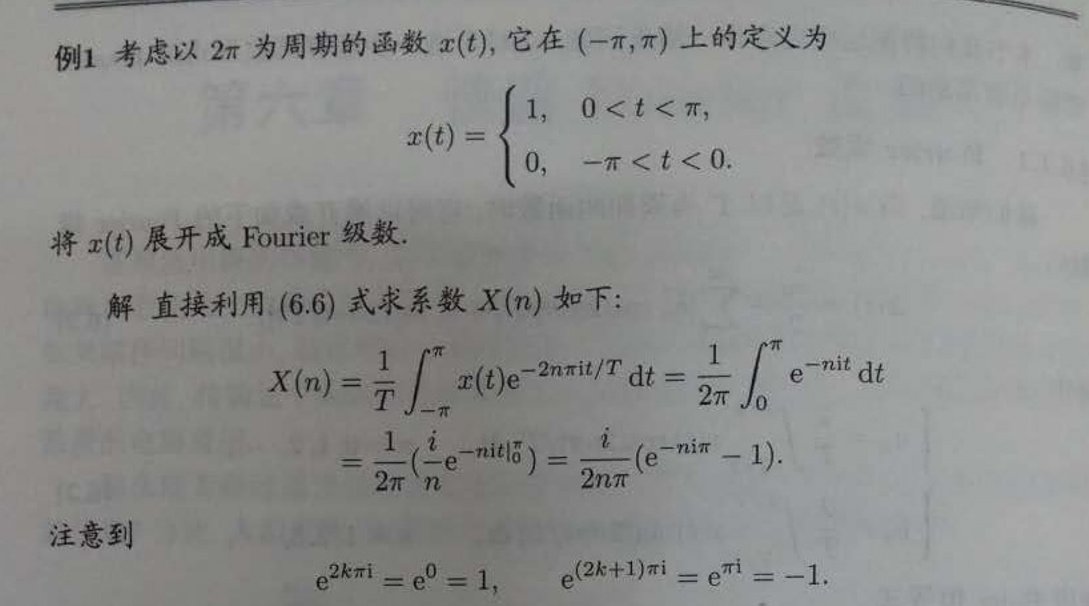
例1 考虑以 \(2\pi\) 为周期的函数 \(x(t)\)，它在 \((-\pi,\pi)\) 上的定义为
\[
x(t)=
\begin{cases}
1, & 0 < t < \pi, \\
0, & -\pi < t < 0.
\end{cases}
\]
将 \(x(t)\) 展开成 Fourier 级数.

解 直接利用 (6.6) 式求系数 \(X(n)\) 如下:
\[
\begin{align*}
X(n)&=\frac{1}{T}\int_{-\pi}^{\pi}x(t)\mathrm{e}^{-2n\pi\mathrm{i}t/T}\mathrm{d}t=\frac{1}{2\pi}\int_{0}^{\pi}\mathrm{e}^{-n\mathrm{i}t}\mathrm{d}t\\
&=\frac{1}{2\pi}(\frac{i}{n}\mathrm{e}^{-n\mathrm{i}t}|_{0}^{\pi})=\frac{i}{2n\pi}(\mathrm{e}^{-n\mathrm{i}\pi}-1).
\end{align*}
\]
注意到
\[
\mathrm{e}^{2k\pi\mathrm{i}}=\mathrm{e}^{0}=1, \quad \mathrm{e}^{(2k + 1)\pi\mathrm{i}}=\mathrm{e}^{\pi\mathrm{i}}=-1.
\]